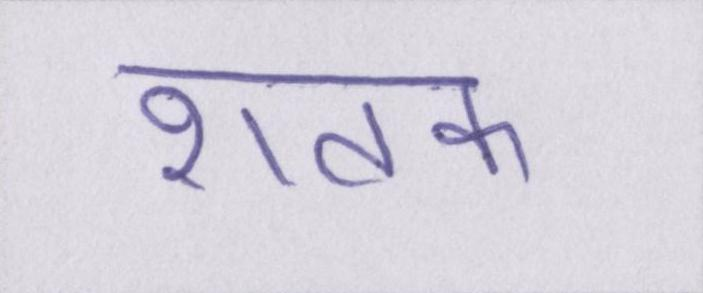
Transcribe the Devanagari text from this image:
शतक